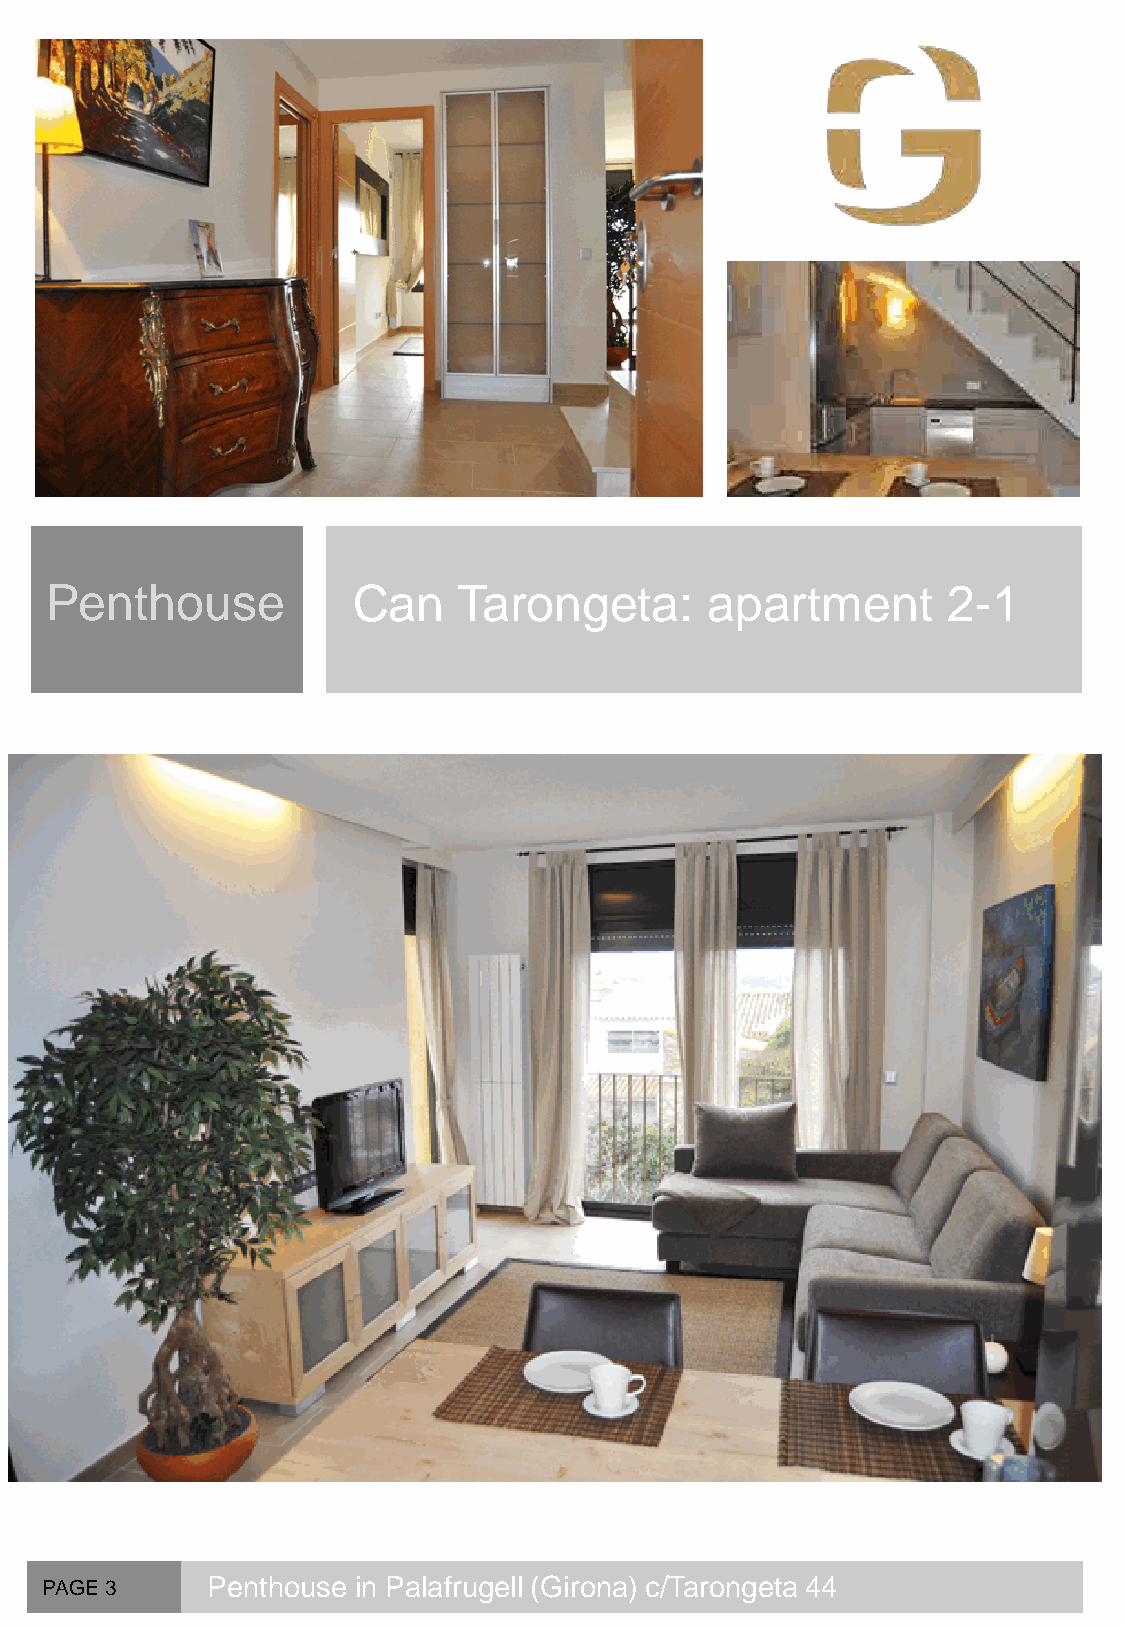
Penthouse           Can    Tarongeta:       apartment       2-1
 PAGE 3     Penthouse in Palafrugell (Girona) c/Tarongeta 44